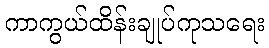
ကာကွယ်ထိန်းချုပ်ကုသရေး